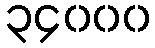
၃၄၀၀၀